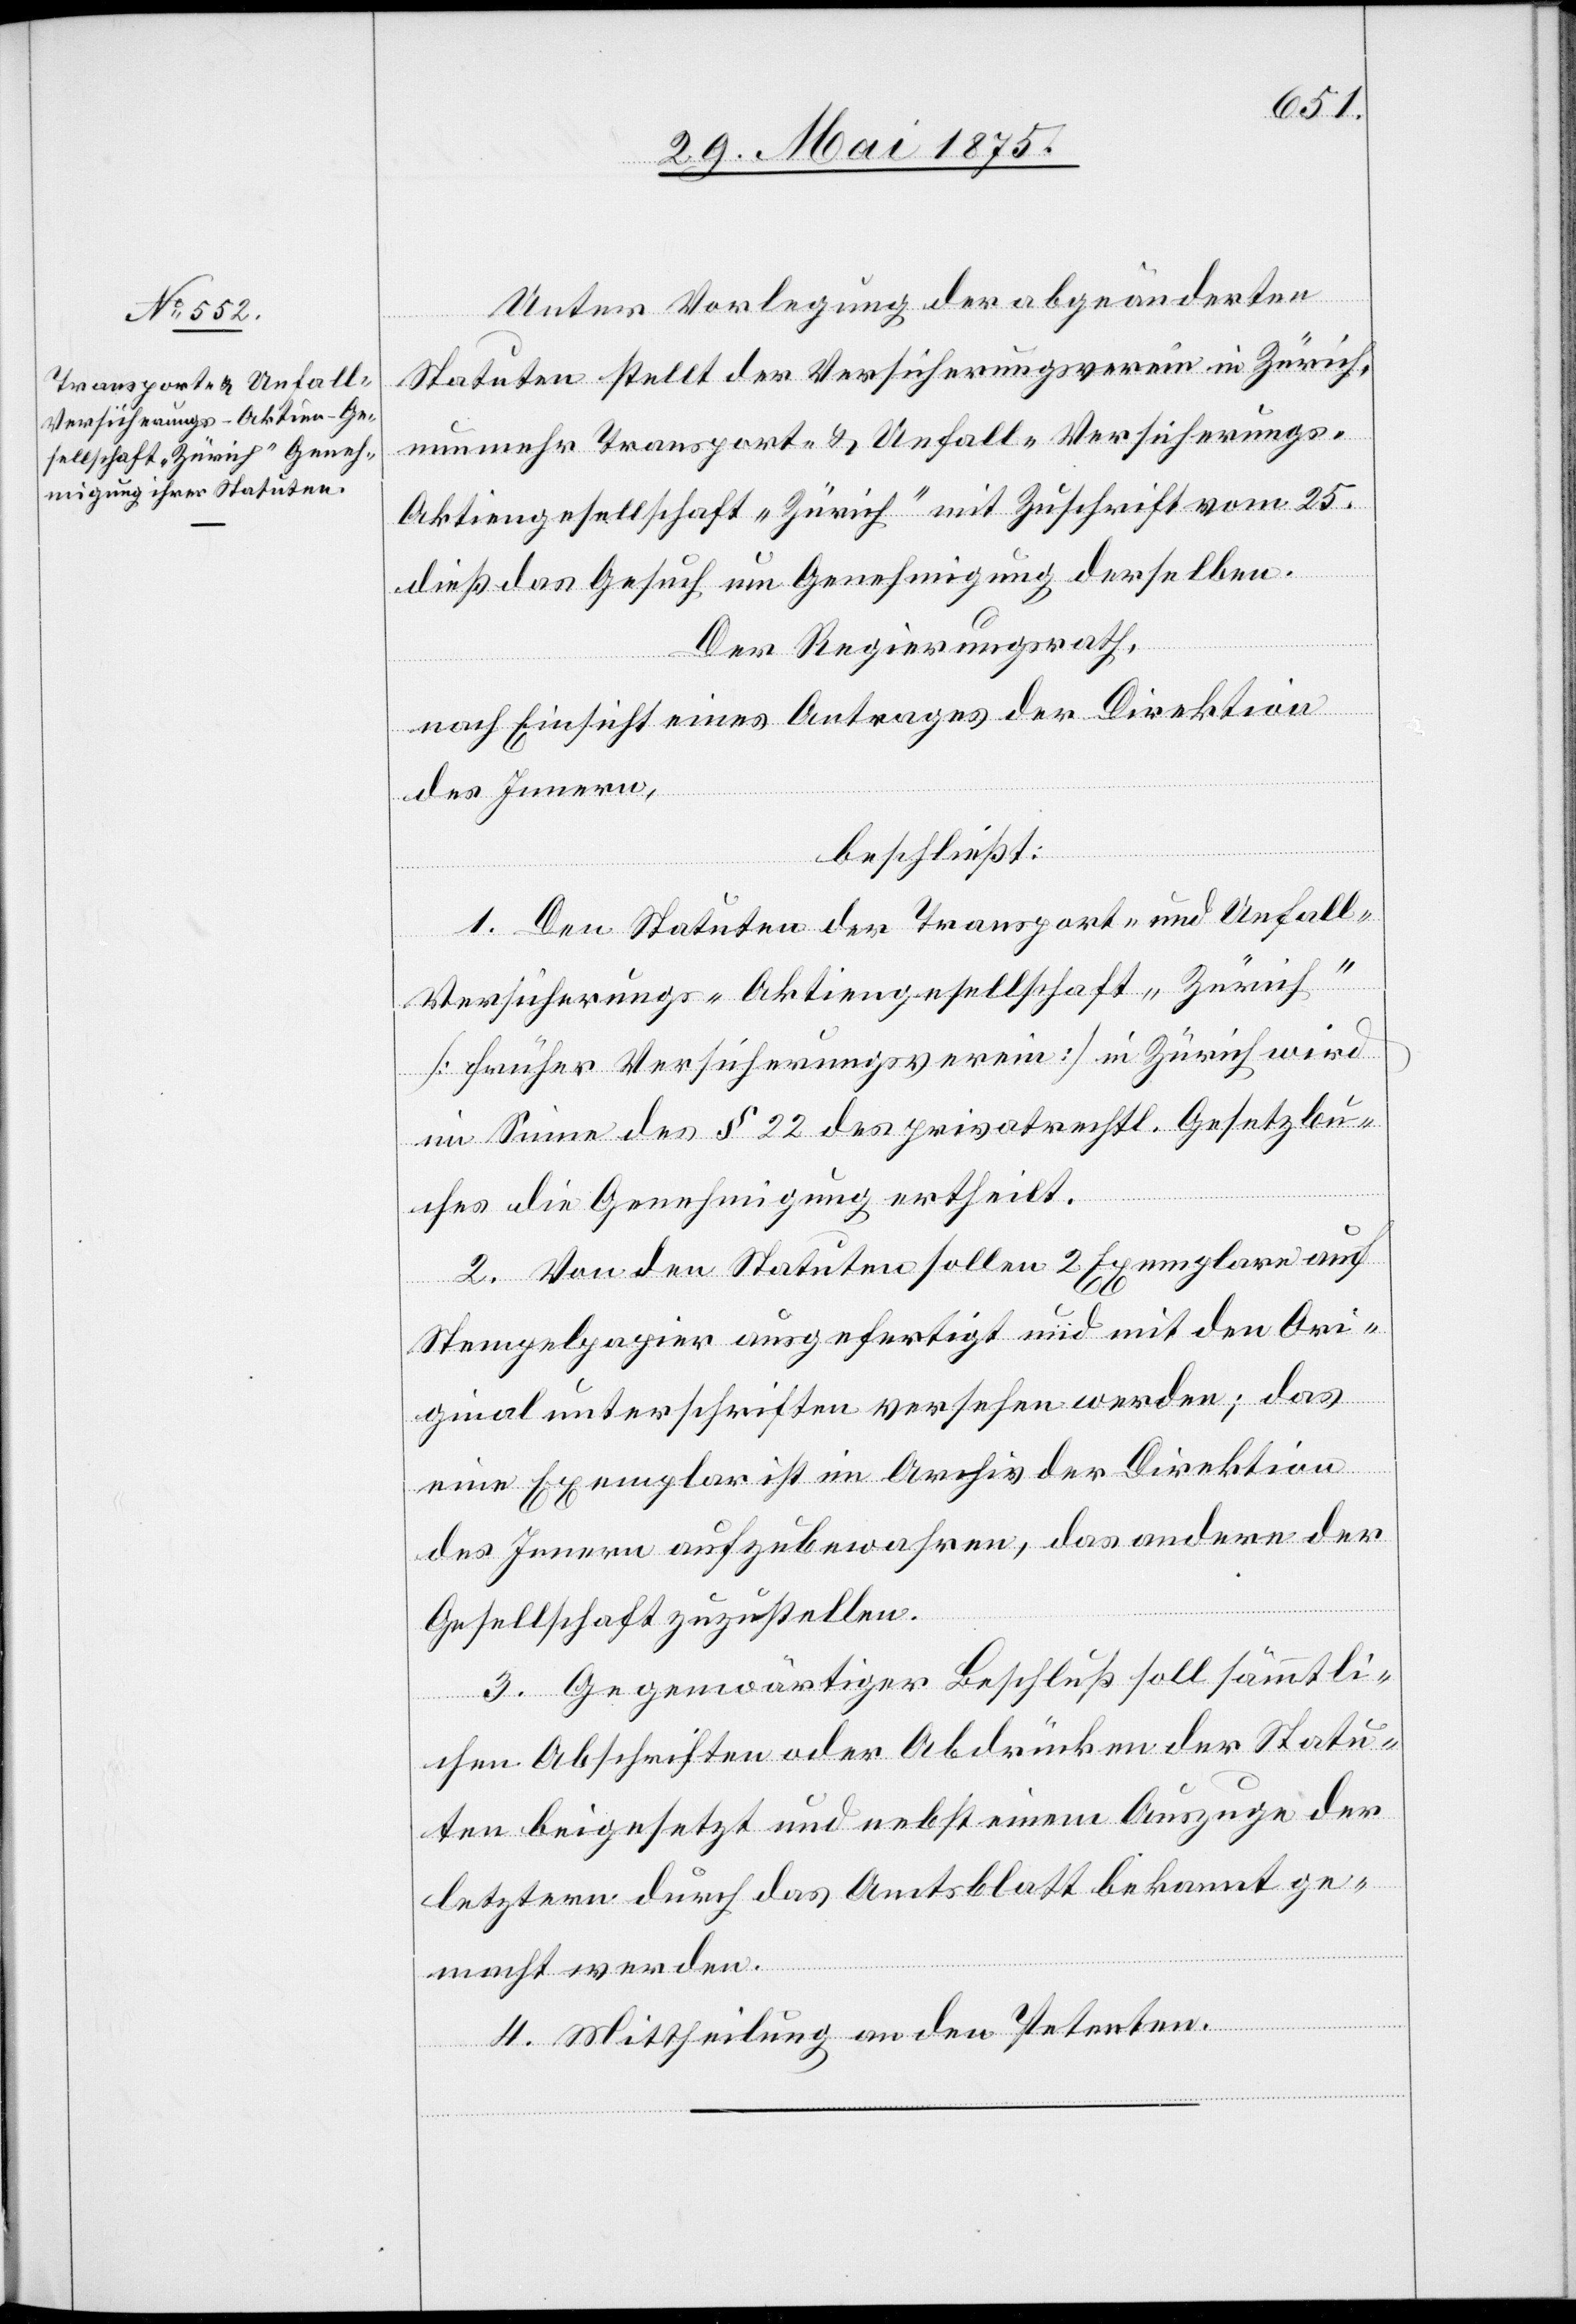
Unter Vorlegung der abgeänderten
Statuten stellt der Versicherungsverein in Zürich
nunmehr Transport- & Unfall- Versicherungs¬
aktiengesellschaft „Zürich“ mit Zuschrift vom 25.
dieß das Gesuch um Genehmigung derselben.
Der Regierungsrath,
nach Einsicht eines Antrages der Direktion
der Innern,
beschließt:
1. Den Statuten der Transport- und Unfall-V¬
ersicherungs-Aktiengesellschaft „Zürich“
[früher Versicherungsverein] in Zürich wird
im Sinne des § 22 des privatrechtl. Gesetzbu¬
ches die Genehmigung ertheilt.
2. Von den Statuen sollen 2 Exemplare auf
Stempelpapier ausgefertigt und mit den Ori¬
ginalunterschriften versehen werden; das
eine Exemplar ist im Archiv der Direktion
des Innern aufzubewahren, das andere der
Gesellschaft zuzustellen.
3. Gegenwärtiger Beschluß soll sämmtli¬
chen Abschriften oder Abdrücken der Statu¬
ten beigesetzt und nebst einem Auszuge der
letzten durch das Amtsblatt bekannt ge¬
macht werden.
4. Mittheilung an den Petenten.